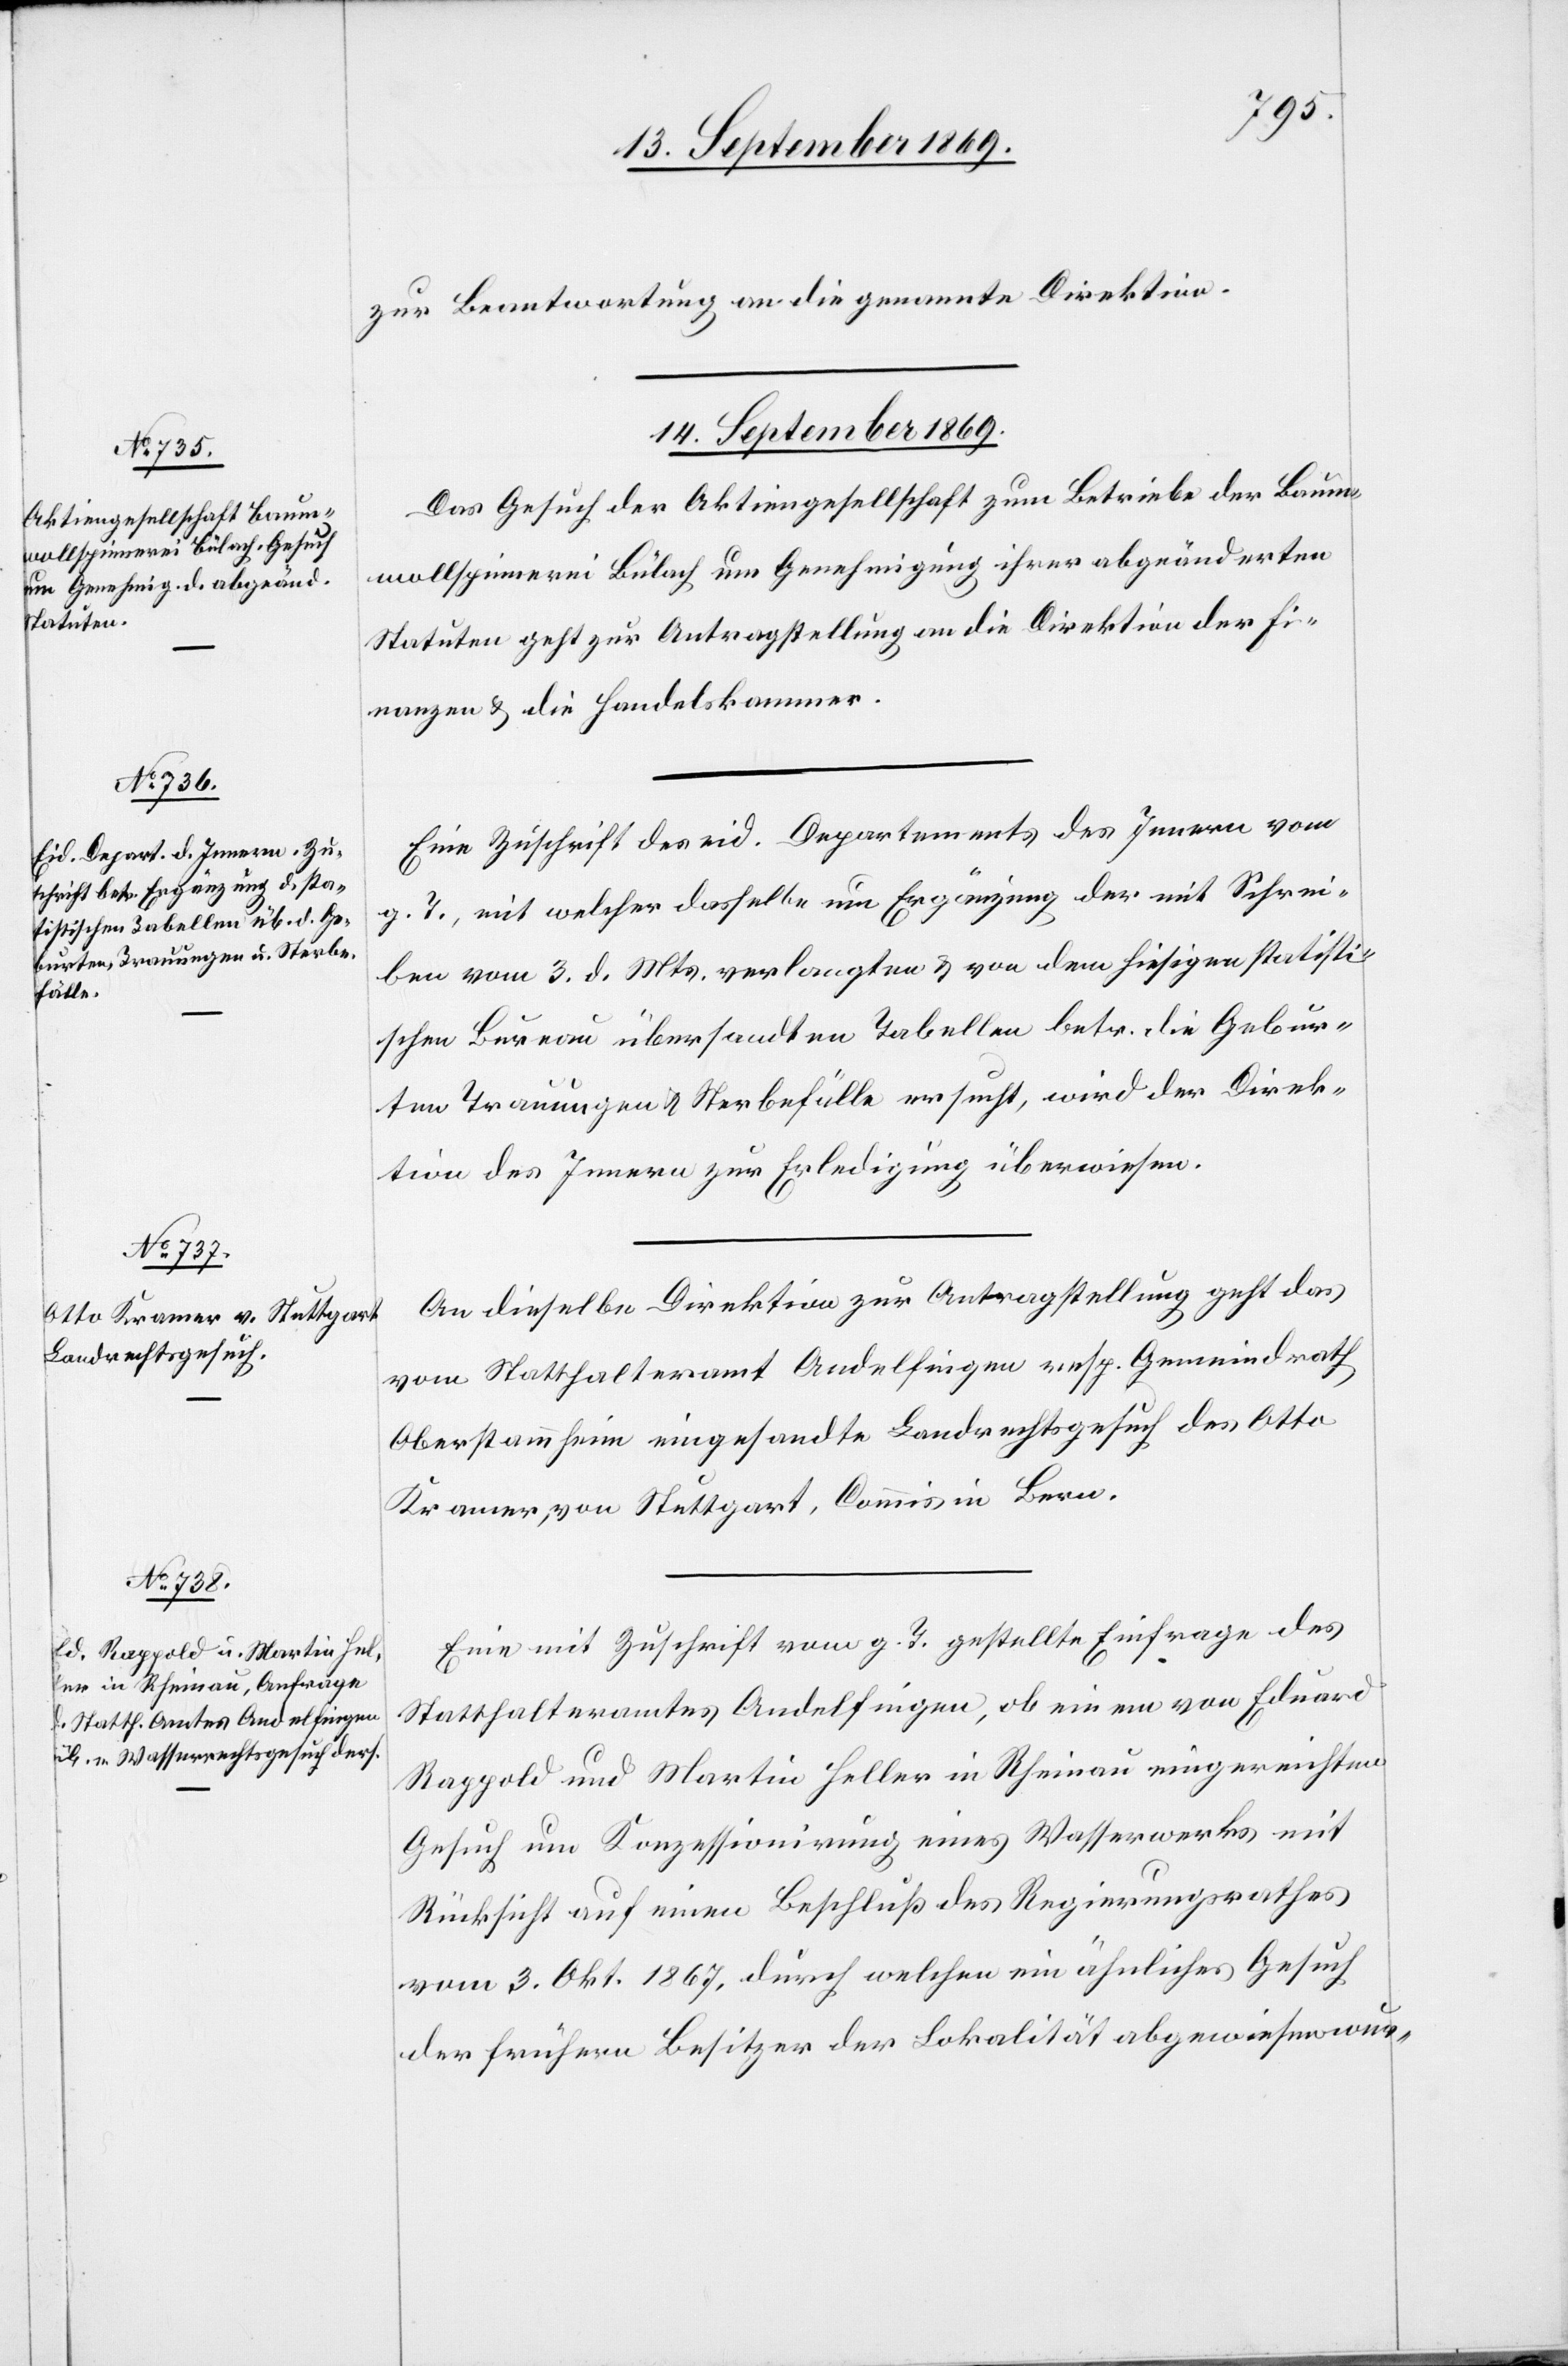
zur Beantwortung an die genannte Direktion.
14. September 1869.]
Das Gesuch der Aktiengesellschaft zum Betriebe der Baum¬
wollspinnerei Bülach um Genehmigung ihrer abgeänderten
Statuten geht zur Antragstellung an die Direktion der Fi¬
nanzen & die Handelskammer.
Eine Zuschrift des eid. Departement des Innern vom
g. T., mit welcher dasselbe um Ergänzung der mit Schrei¬
ben vom 3. d. Mts. verlangten & von dem hiesigen statisti¬
schen Bureau übersandten Tabellen betr. die Gebur¬
ten Trauungen & Sterbefälle ersucht, wird der Direk¬
tion des Innern zur Erledigung überwiesen.
An dieselbe Direktion zur Antragstellung geht das
vom Statthalteramt Andelfingen resp. Gemeindrath
Oberstammheim eingesandte Landrechtsgesuch des Otto
Kramer, von Stuttgart, Commis in Bern.
Eine mit Zuschrift vom g. T. gestellte Einfrage des
Statthalteramtes Andelfingen, ob einem von Eduard
Rappold und Martin Heller in Rheinau eingereichten
Gesuch um Konzessionirung eines Wasserwerks mit
Rücksicht auf einen Beschluß des Regierungsrathes
vom 3. Okt. 1867, durch welchen ein ähnliches Gesuch
der frühern Besitzer der Lokalität abgewiesen wur-